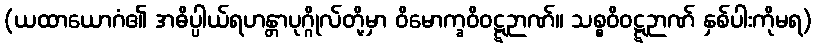
(ယထာယောဂံ၏ အဓိပ္ပါယ်ရဟန္တာပုဂ္ဂိုလ်တို့မှာ ဝိမောက္ခဝိဝဋ္ဋဉာဏ်။ သစ္စဝိဝဋ္ဋဉာဏ် နှစ်ပါးကိုမရ)